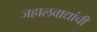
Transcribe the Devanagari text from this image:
जहालवाद्यांची